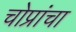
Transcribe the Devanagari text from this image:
चोप्रांचा